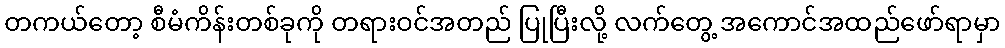
တကယ်တော့ စီမံကိန်းတစ်ခုကို တရားဝင်အတည် ပြုပြီးလို့ လက်တွေ့ အကောင်အထည်ဖော်ရာမှာ